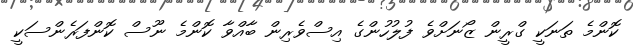
ކޮންމެ ތަނަކީ ގްރީން ޒޯނަށްވެ ފުލުހުންގެ އިސްވެރިން ބާއްވާ ކޮންމެ ނޫސް ކޮންފަރެންސަކީ